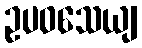
ဥပဝသေယျ